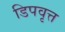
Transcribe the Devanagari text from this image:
डिपवृत्त